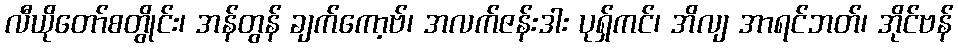
လီယိုတော်စတွိုင်း၊ အန်တွန် ချက်ကော့ဗ်၊ အလက်ဇန်းဒါး ပုရှ်ကင်၊ အိလျ အာရင်ဘတ်၊ အိုင်ဗန်